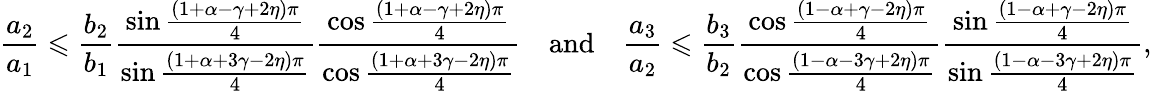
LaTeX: \frac{a_{2}}{a_{1}}\leqslant\frac{b_{2}}{b_{1}}\frac{\sin\frac{\left(1+\alpha-\gamma+2\eta\right)\pi}{4}}{\sin\frac{\left(1+\alpha+3\gamma-2\eta\right)\pi}{4}}\frac{\cos\frac{\left(1+\alpha-\gamma+2\eta\right)\pi}{4}}{\cos\frac{\left(1+\alpha+3\gamma-2\eta\right)\pi}{4}}\quad\mathrm{and}\quad\frac{a_{3}}{a_{2}}\leqslant\frac{b_{3}}{b_{2}}\frac{\cos\frac{\left(1-\alpha+\gamma-2\eta\right)\pi}{4}}{\cos\frac{\left(1-\alpha-3\gamma+2\eta\right)\pi}{4}}\frac{\sin\frac{\left(1-\alpha+\gamma-2\eta\right)\pi}{4}}{\sin\frac{\left(1-\alpha-3\gamma+2\eta\right)\pi}{4}},